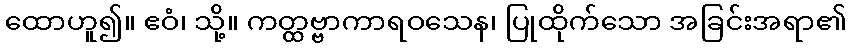
ထောဟူ၍။ ဧဝံ၊ သို့။ ကတ္ထဗ္ဗာကာရဝသေန၊ ပြုထိုက်သော အခြင်းအရာ၏